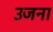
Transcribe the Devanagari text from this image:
उजना